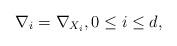
LaTeX: \begin{align*}\nabla_i=\nabla_{X_i}, 0 \le i \le d,\end{align*}